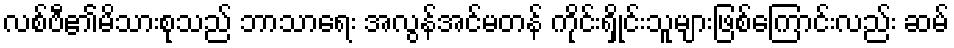
လစ်ဗီ၏မိသားစုသည် ဘာသာရေး အလွန်အင်မတန် ကိုင်းရှိုင်းသူများဖြစ်ကြောင်းလည်း ဆမ်